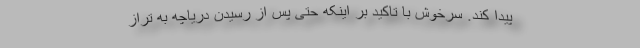
پیدا کند. سرخوش با تاکید بر اینکه حتی پس از رسیدن دریاچه به تراز